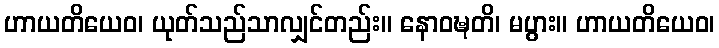
ဟာယတိယေဝ၊ ယုတ်သည်သာလျှင်တည်း။ နောဝဍ္ဎတိ၊ မပွား။ ဟာယတိယေဝ၊